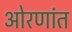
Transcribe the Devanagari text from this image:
ओरणांत